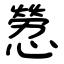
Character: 憥